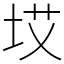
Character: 㘷